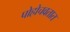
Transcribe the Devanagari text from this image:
पोहोचवतात